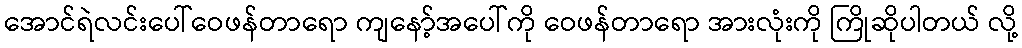
အောင်ရဲလင်းပေါ်ဝေဖန်တာရော ကျနော့်အပေါ်ကို ဝေဖန်တာရော အားလုံးကို ကြိုဆိုပါတယ် လို့